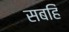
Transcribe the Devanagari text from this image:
सबहिं